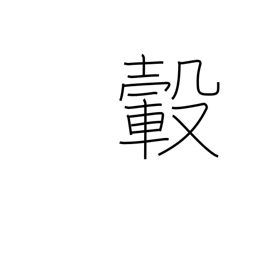
Meaning: hub (of wheel)